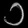
Digit: ၁